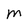
Character: M